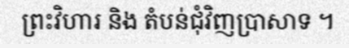
ព្រះវិហារ និង តំបន់ជុំវិញប្រាសាទ ។